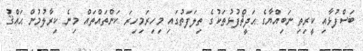
ބަސްފުޅާއި ކީރިތި ނަބިއްޔާގެ ޙަދީޘްފުޅުތަކުގެ ތިލަފަތުގައި މިހިރަމިހިރަ ކަންތައްތައް މިނެ ކިރާލުމުން ޙަޢްޤު